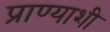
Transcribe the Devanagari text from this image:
प्राण्याशी